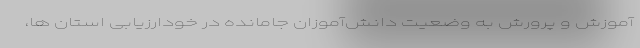
آموزش و پرورش به وضعیت دانش‌آموزان جامانده در خودارزیابی استان ها،